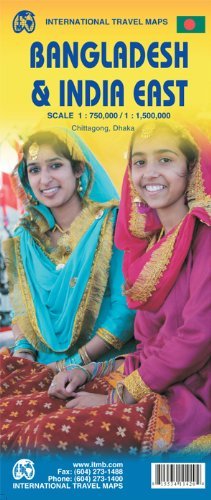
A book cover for By International Travel maps Bangladesh & India East Travel Reference Map 1:750,000 / 1:1,500,000 (2nd) [Map]; Travel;